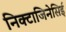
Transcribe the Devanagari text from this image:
निक्टाजिनेसिई